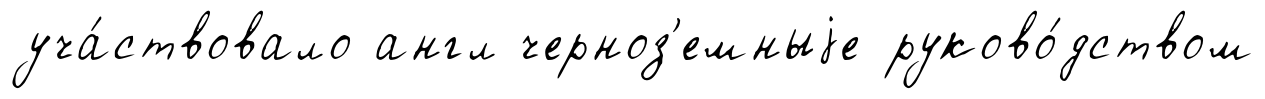
уча́ствовало англ черноз'емныjе руково́дством